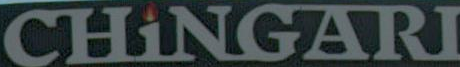
CHINGARI